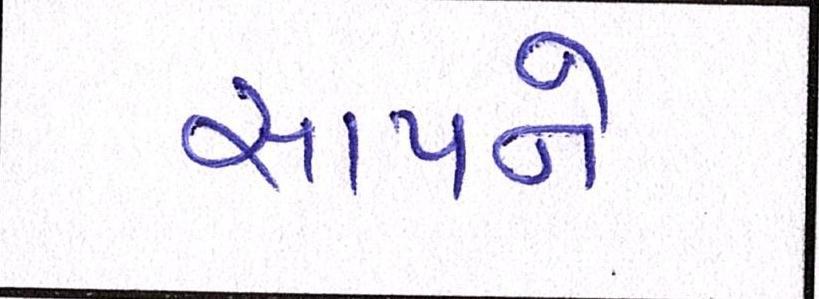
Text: સાપને